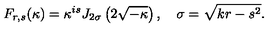
F _ { r , s } ( \kappa ) = \kappa ^ { i s } J _ { 2 \sigma } \left( 2 \sqrt { - \kappa } \right) , \quad \sigma = \sqrt { k r - s ^ { 2 } } .